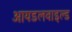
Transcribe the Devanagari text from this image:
आयडलवाइल्ड